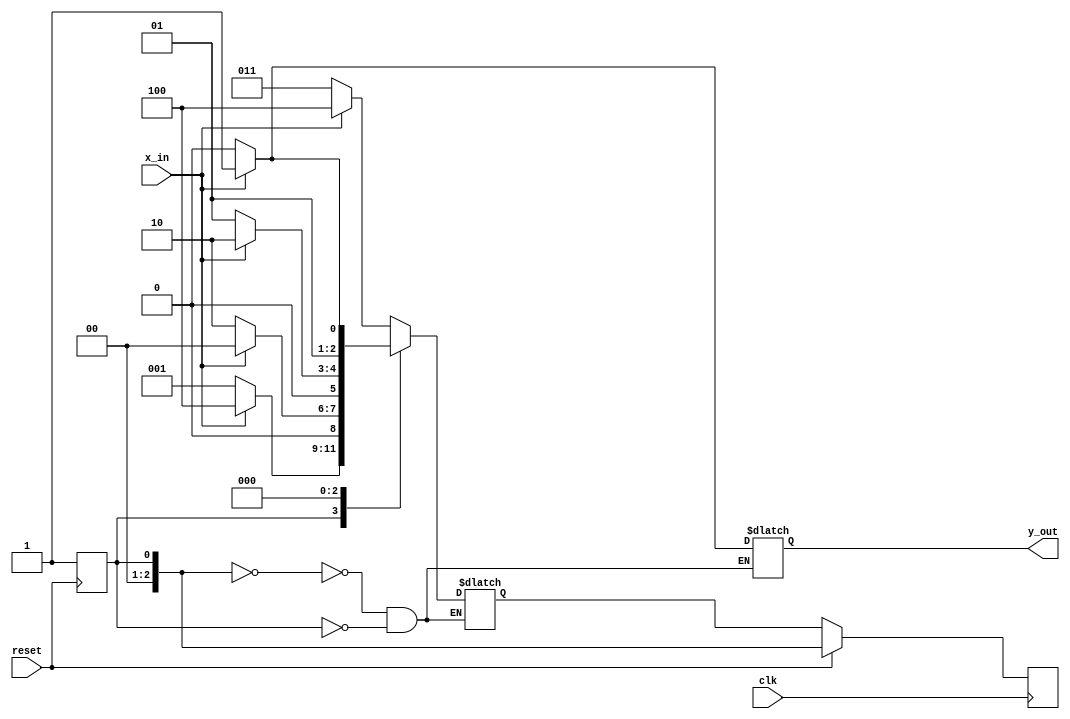
module X_One_FSM(input clk, input reset, input x_in, output y_out);

localparam[2:0]
    A = 3'b000,
    B = 3'b001,
    C = 3'b010,
    D = 3'b011,
    E = 3'b100;
reg[0:2] currentState, nextState;
reg y;

initial
begin
    currentState <= B;
end

always @ (posedge clk) begin
	if(!reset)
		currentState <= nextState;
end

always @ (posedge reset) begin
	if(reset)
		currentState <= B;
end


always @*
    case(currentState)
        A:  if(x_in) begin
                nextState <= E;
                y = 1;
            end      
            else begin
                nextState <= D;
                y = 0;
            end
        B:  if(x_in) begin
                nextState <= E;
                y = 1;
            end      
            else begin
                nextState <= B;
                y = 0;
            end 
        C:  if(x_in) begin
                nextState <= A;
                y = 1;
            end      
            else begin
                nextState <= C;
                y = 0;
            end 
        D:  if(x_in) begin
                nextState <= C;
                y = 1;
            end      
            else begin
                nextState <= B;
                y = 0;
            end
        E:  if(x_in) begin
                nextState <= D;
                y = 0;
            end      
            else begin
                nextState <= C;
                y = 0;
            end
    endcase

assign y_out = y;

endmodule